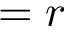
= r